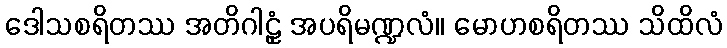
ဒေါသစရိတဿ အတိဂါဠှံ အပရိမဏ္ဍလံ။ မောဟစရိတဿ သိထိလံ